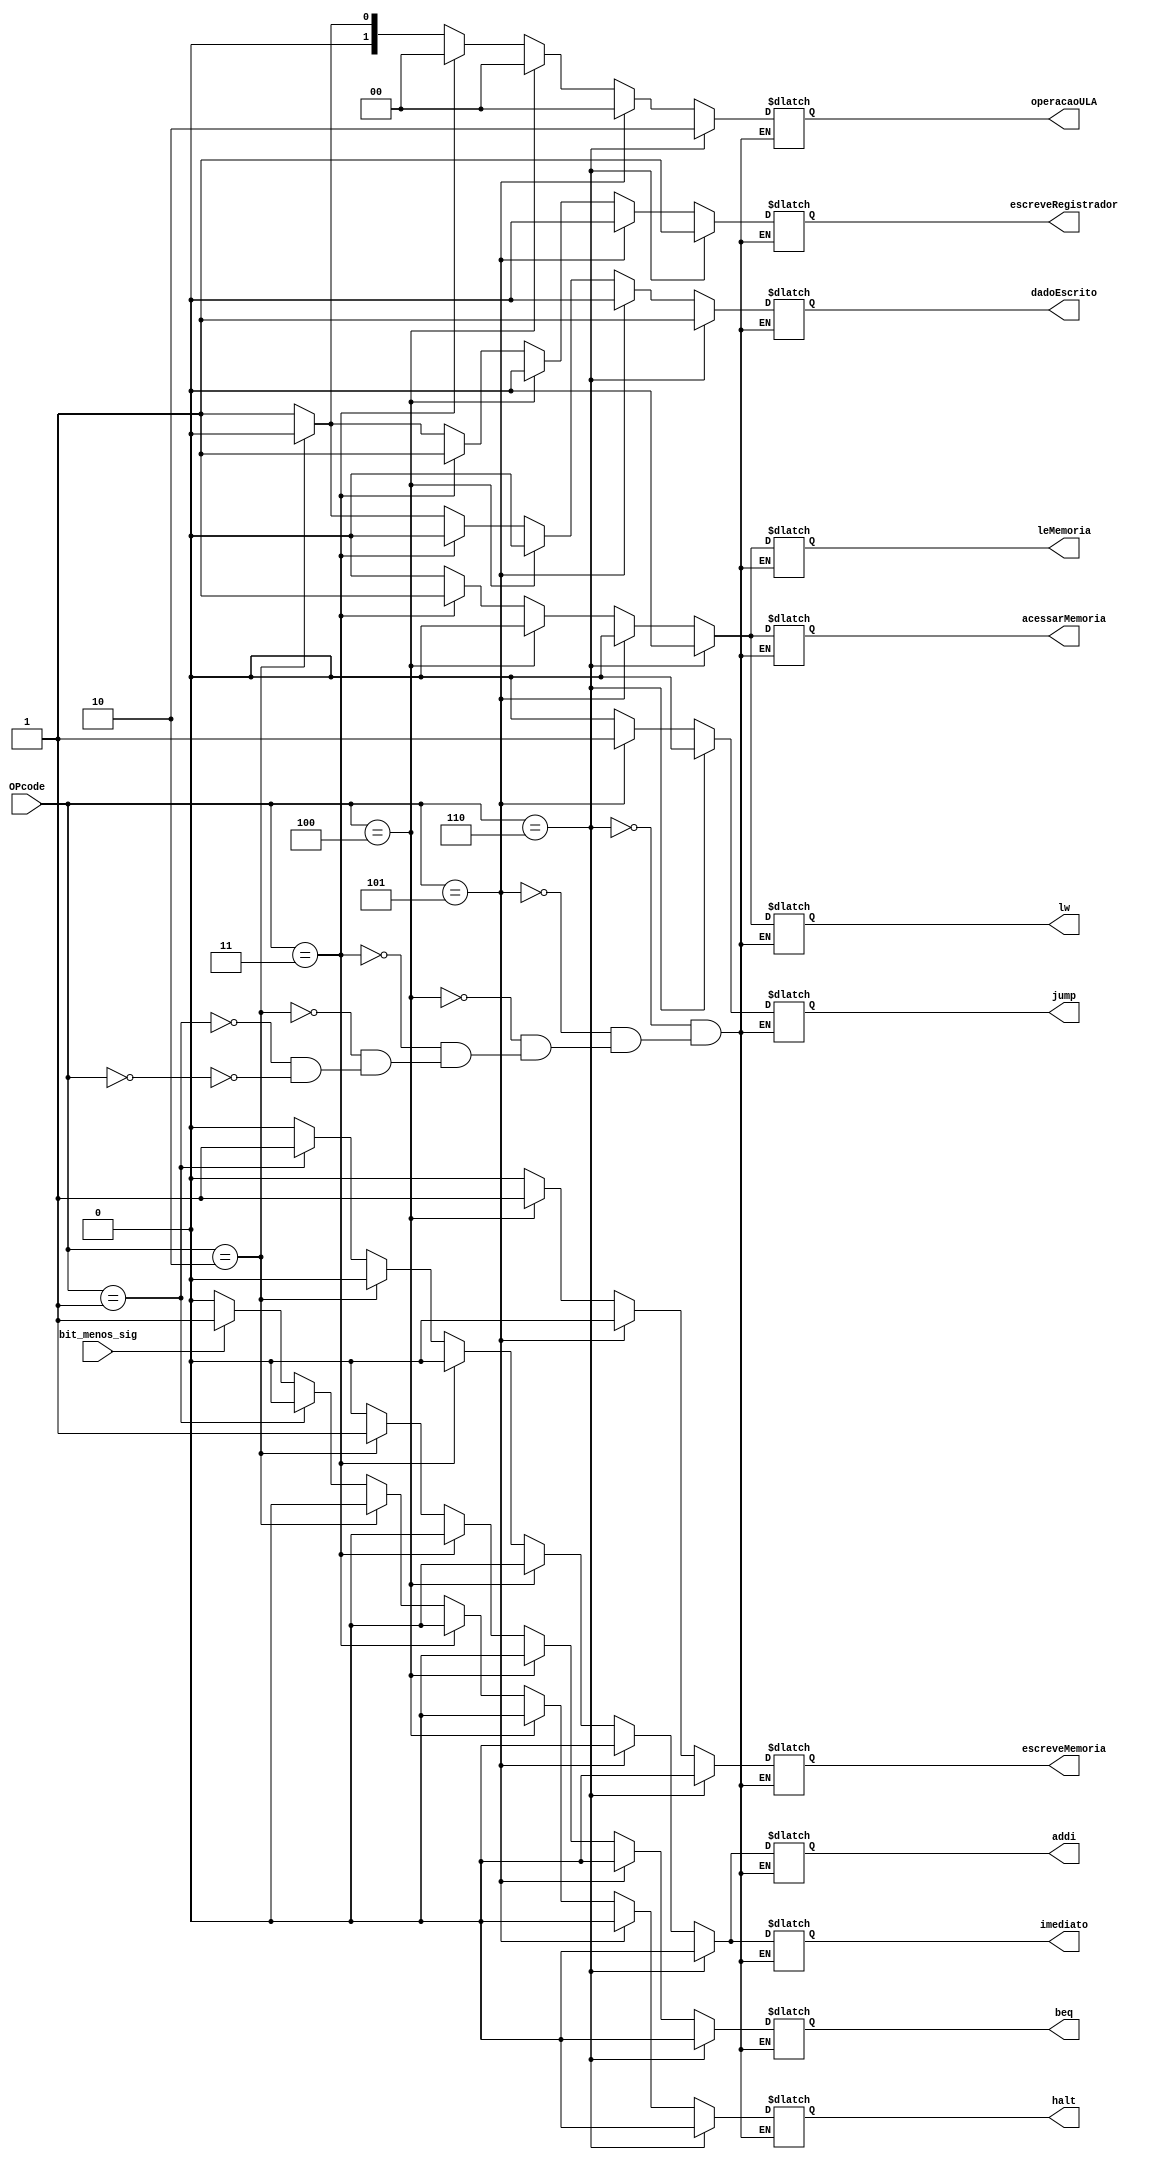
//Controle
//LUCAS SANTOS RODRIGUES
//VINICIUS FERREIRA PINHEIRO

module Controle (
    OPcode,
    bit_menos_sig,
    halt,
    addi,
    jump,
    beq,
    dadoEscrito,
    acessarMemoria,
    imediato,
    escreveMemoria,
    leMemoria,
    operacaoULA,
    escreveRegistrador,
    lw
);
  input wire [2:0] OPcode;
  input wire bit_menos_sig;

  output wire halt;
  output wire addi;
  output wire jump;
  output wire beq;
  output wire dadoEscrito;
  output wire acessarMemoria;
  output wire imediato;
  output wire escreveMemoria;
  output wire leMemoria;
  output wire [1:0] operacaoULA;
  output wire escreveRegistrador;
  output wire lw;

  reg aux_halt;
  reg aux_addi;
  reg aux_jump;
  reg aux_beq;
  reg aux_dadoEscrito;
  reg aux_acessarMemoria;
  reg aux_imediato;
  reg aux_escreveMemoria;
  reg aux_leMemoria;
  reg [1:0] aux_operacaoULA;
  reg aux_escreveRegistrador;
  reg aux_lw;

  always @(OPcode) begin
    if (OPcode == 0) begin  // add
      aux_addi = 0;
      aux_jump = 0;
      aux_beq = 0;
      aux_dadoEscrito = 1;
      aux_acessarMemoria = 0;
      aux_imediato = 0;
      aux_escreveMemoria = 0;
      aux_leMemoria = 0;
      aux_operacaoULA = 1;
      aux_escreveRegistrador = 1;
      aux_lw = 0;
      if (bit_menos_sig == 1) begin  // halt
        aux_halt = 1;
      end else begin
        aux_halt = 0;
      end
    end

    if (OPcode == 1) begin  // addi
      aux_addi = 1;
      aux_jump = 0;
      aux_beq = 0;
      aux_dadoEscrito = 1;
      aux_acessarMemoria = 0;
      aux_imediato = 1;
      aux_escreveMemoria = 0;
      aux_leMemoria = 0;
      aux_operacaoULA = 1;
      aux_escreveRegistrador = 1;
      aux_lw = 0;
      aux_halt = 0;
    end

    if (OPcode == 2) begin  // beq
      aux_addi = 0;
      aux_jump = 0;
      aux_beq = 1;
      aux_dadoEscrito = 0;
      aux_acessarMemoria = 0;
      aux_imediato = 0;
      aux_escreveMemoria = 0;
      aux_leMemoria = 0;
      aux_operacaoULA = 0;
      aux_escreveRegistrador = 0;
      aux_lw = 0;
      aux_halt = 0;
    end

    if (OPcode == 3) begin  // lw
      aux_addi = 0;
      aux_jump = 0;
      aux_beq = 0;
      aux_dadoEscrito = 0;
      aux_acessarMemoria = 1;
      aux_imediato = 0;
      aux_escreveMemoria = 0;
      aux_leMemoria = 1;
      aux_operacaoULA = 0;
      aux_escreveRegistrador = 1;
      aux_lw = 1;
      aux_halt = 0;
    end

    if (OPcode == 4) begin  // sw
      aux_addi = 0;
      aux_jump = 0;
      aux_beq = 0;
      aux_dadoEscrito = 0;
      aux_acessarMemoria = 0;
      aux_imediato = 0;
      aux_escreveMemoria = 1;
      aux_leMemoria = 0;
      aux_operacaoULA = 0;
      aux_escreveRegistrador = 0;
      aux_lw = 0;
      aux_halt = 0;
    end

    if (OPcode == 5) begin  // j
      aux_addi = 0;
      aux_jump = 1;
      aux_beq = 0;
      aux_dadoEscrito = 0;
      aux_acessarMemoria = 0;
      aux_imediato = 0;
      aux_escreveMemoria = 0;
      aux_leMemoria = 0;
      aux_operacaoULA = 0;
      aux_escreveRegistrador = 0;
      aux_lw = 0;
      aux_halt = 0;
    end

    if (OPcode == 6) begin  // mul
      aux_addi = 0;
      aux_jump = 0;
      aux_beq = 0;
      aux_dadoEscrito = 1;
      aux_acessarMemoria = 0;
      aux_imediato = 0;
      aux_escreveMemoria = 0;
      aux_leMemoria = 0;
      aux_operacaoULA = 2;
      aux_escreveRegistrador = 1;
      aux_lw = 0;
      aux_halt = 0;
    end
  end

  assign halt = aux_halt;
  assign addi = aux_addi;
  assign jump = aux_jump;
  assign beq = aux_beq;
  assign dadoEscrito = aux_dadoEscrito;
  assign acessarMemoria = aux_acessarMemoria;
  assign imediato = aux_imediato;
  assign escreveMemoria = aux_escreveMemoria;
  assign leMemoria = aux_leMemoria;
  assign operacaoULA = aux_operacaoULA;
  assign escreveRegistrador = aux_escreveRegistrador;
  assign lw = aux_lw;

endmodule